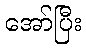
အော်ပြီး